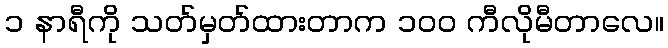
၁ နာရီကို သတ်မှတ်ထားတာက ၁၀၀ ကီလိုမီတာလေ။